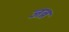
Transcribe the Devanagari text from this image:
जन्न